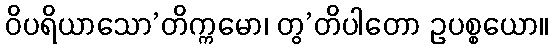
ဝိပရိယာသော’တိက္ကမော၊ တွ’တိပါတော ဥပစ္စယော။